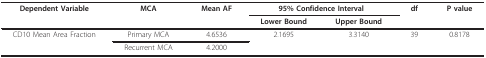
<table><thead><tr><td><b>Dependent Variable</b></td><td><b>MCA</b></td><td><b>Mean AF</b></td><td colspan="2"><b>95% Confidence Interval</b></td><td><b>df</b></td><td><b>P value</b></td></tr><tr><td></td><td></td><td></td><td><b>Lower Bound</b></td><td><b>Upper Bound</b></td><td></td><td></td></tr></thead><tbody><tr><td>CD10 Mean Area Fraction</td><td>Primary MCA</td><td>4.6536</td><td>2.1695</td><td>3.3140</td><td>39</td><td>0.8178</td></tr><tr><td></td><td>Recurrent MCA</td><td>4.2000</td><td></td><td></td><td></td><td></td></tr></tbody></table>